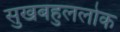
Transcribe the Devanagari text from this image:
सुखबहुललोक